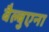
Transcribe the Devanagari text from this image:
बैल्बुएना